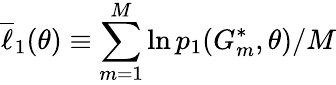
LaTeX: \overline{{\ell}}_{1}(\theta)\equiv\sum_{m=1}^{M}\ln p_{1}(G_{m}^{*},\theta)/M